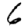
Digit: 6